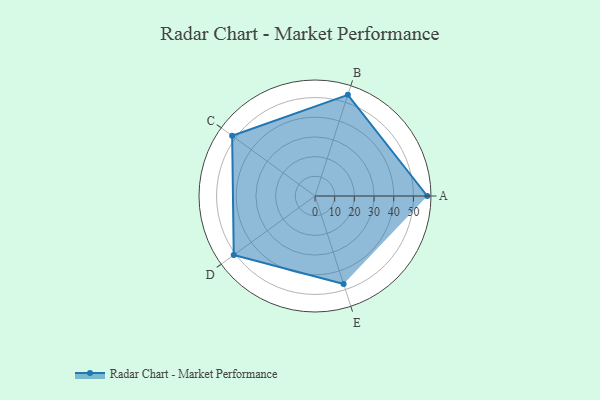
{"axis": {"x": "Skill", "y": "Score"}, "legend": ["Profile"], "data": [{"x": "A", "y": 57.0, "type": "Profile"}, {"x": "B", "y": 54.0, "type": "Profile"}, {"x": "C", "y": 52.0, "type": "Profile"}, {"x": "D", "y": 51.0, "type": "Profile"}, {"x": "E", "y": 47.0, "type": "Profile"}]}